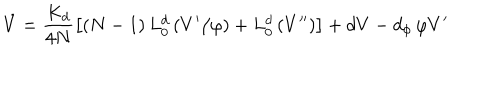
\dot { V } = \frac { K _ { d } } { 4 N } \left[ \left( N - 1 \right) L _ { 0 } ^ { d } \left( V ^ { \prime } / \varphi \right) + L _ { 0 } ^ { d } \left( V ^ { \prime \prime } \right) \right] + d V - d _ { \phi } \, \varphi V ^ { \prime }